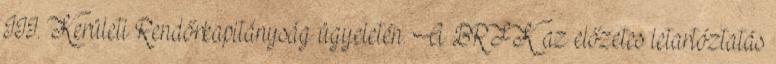
III. Kerületi Rendőrkapitányság ügyeletén. A BRFK az előzetes letartóztatás